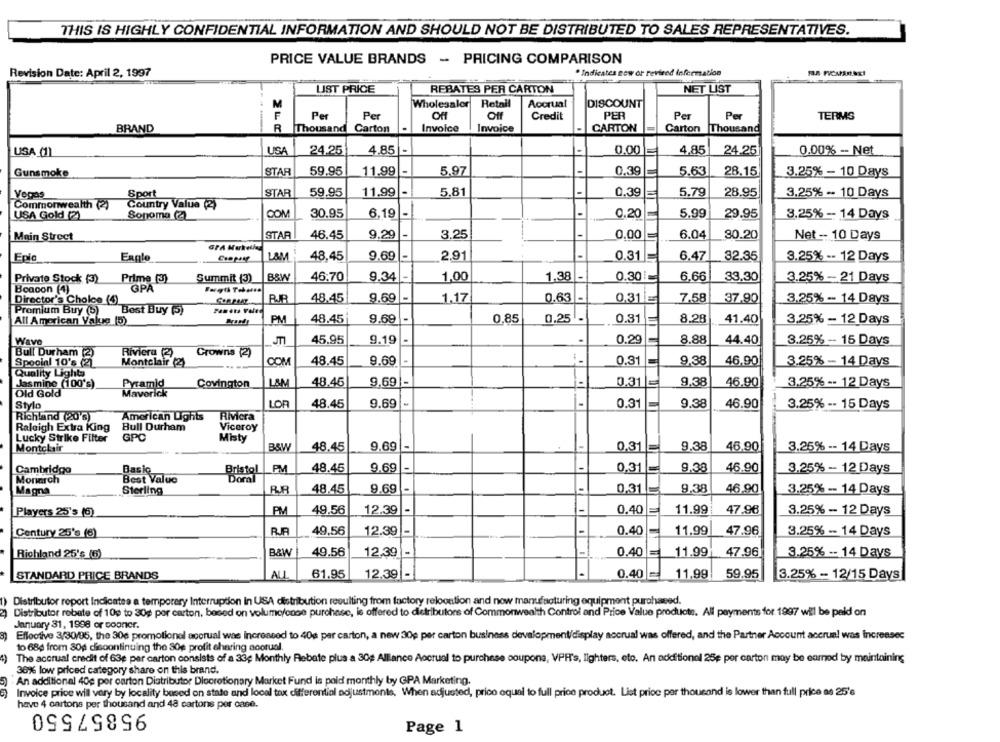
THIS IS HIGHLY CONFIDENTIAL INFORMATION AND SHOULD NOT BE DISTRIBUTED TO SALES REPRESENTATIVES.
PRICE VALUE BRANDS - PRICING COMPARISON
Revision Date: April 2, 1997
* Indicates now or revised information
LIST PRICE
REBATES PER CARTON
NET LIST
Wholesaler
Retail
Accrual
DISCOUNT
F
Per
Per
Of
Off
Credit
PER
Per
Per
TERMS
.
Invoice
BRAND
Thousand Carton
Invoice
- CARTON
Carton
Thousand
24.25
-
USA (1)
USA
4.85 -
0.00
4,85
24.25
0.00% -- Net
STAR
-
0.39
5.63
Gunsmoke
59.95
11,99
5.97
28.15
3.25% - 10 Days
Vegas
Sport
STAR
59.95
11.99
-
5,81
0.39
5.79
28.95
3.25% -- 10 Days
Commonwealth (2)
Country Value (2)
USA Gold (2)
Sonoma (2)
COM
30.95
6.19 -
0.20
5.99
29.95
3.25% -- 14 Days
Main Street
STAR
46.45
9.29 -
3.25
-
0,00
6.04
80.20
Net -- 10 Days
Epic
Eagle
L&M
48.45
9.69 -
2.91
0.31
6.47
32.35
3.25% -- 12 Days
0.30!
Private Stock (3) Prime (3)
Summit (3)
B&W
46:70
9.34
-
1,00
1.38 -
6.66
33.30
3.25% - 21 Days
Beacon (4)
GPA
Director's Choice (4)
RJR
48.45
9.69
1.17
0.63 -
0.31 =
7.58
37.90
3.25% - 14 Days
Promium Buy (b)
Best Buy ()
Paneta vole
48.45
9.69
0.85
0.25
0.31
8.28
41.40
3.25% - 12 Days
All American Value (D)
PM
Wave
45.95
9.19
.
0.29
8.88
44.40
3.25% - 15 Days
Bull Durham (2)
Riviera (2)
Crowns (2)
Special 10's (2)
Montclair (2)
COM
48.45
9.69
-
0.31
9.38
46.90
3.25% - 14 Days
Quality Lights
Jasmine (100's)
Pyramid
Covington
LAM
48.45
9,69
0.31
9.38
46.90
3.25% -- 12 Days
Old Gold
Maverick
Stylo
LOR
48.45
9.69
0.31
9.38
46.90
3.25% -- 15 Days
Richland (20's)
American Lights
Riviera
Raleigh Extra King
Bull Durham
Viceroy
Lucky Strike Filter
GPC
Misty
9.69
1-
9.38
Montclair
B&W
48.45
0.31
46.90
3.26% -- 14 Days
PM
48.45
9.69
-
0.31
9.38
46.90
Cambridge
3.25% - 12 Days
Monarch
Best Value
Bristol
RR
48.45
9.69
-
0.31
9.38
46,90
3.25% -- 14 Days
Magna
Sterling
Players 25's (6)
PM
49.56
12.39
-
-
0.40
11.99
47.96
3.25% - 12 Days
Century 25's (6)
49,56
12.39 -
0.40
11,99
47.96
3.25% - 14 Days
Richland 25's (6)
B&W
49.56
12,39 -
0.40
11.99
47.96
3.25% -- 14 Days
STANDARD PRICE BRANDS
AU
61.95
12.39
0.40
11,99
59.95
3.25% - 12/15 Days
Distributor report Indicates a temporary Interruption In USA distribution resulting from factory relocation and now manufacturing equipment purchased.
Distributor rebate of 10g to 30g por carton, based on volume/onse purchase, is offered to distributions of Commonwealth Control and Price Value products. All payments for 1997 will be paid on
January 31, 1998 or sooner.
Effective 3/30/95, the 30e promotionel accrual was increneed to 40g per carton, a new 30g per carton business development/display accrual was offered, and the Partner Account accrual was Increasec
to 680 from 80g discontinuing the 30g profit ehering acorual
4)
The accrual credit of 63e per carton consists of a 33; Monthly Rebate plus a 30g Alliance Accrual to purchase coupons, VPF's, lighters, eto. An additional 25e por carton may be earned by maintaining
36% low priced category share on this brand.
An additional 40g per carton Distributor Discretionary Market Fund is pold monthly by GPA Marketing.
Invoice price will vary by locality based on state and local tox differential adjustments. When adjusted, price equal to full price product. List price per thousand is lower than full price as 25's
have 4 cartons per thousand and 48 cartons per case.
95857550
Page 1